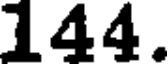
144.